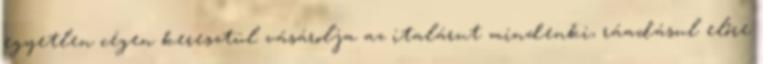
egyetlen cégen keresztül vásárolja az italárut mindenki, ráadásul előre